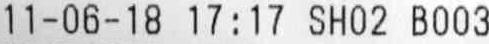
11-06-18 17:17 SH02 B003